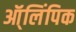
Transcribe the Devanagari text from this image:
ऑ्लिंपिक